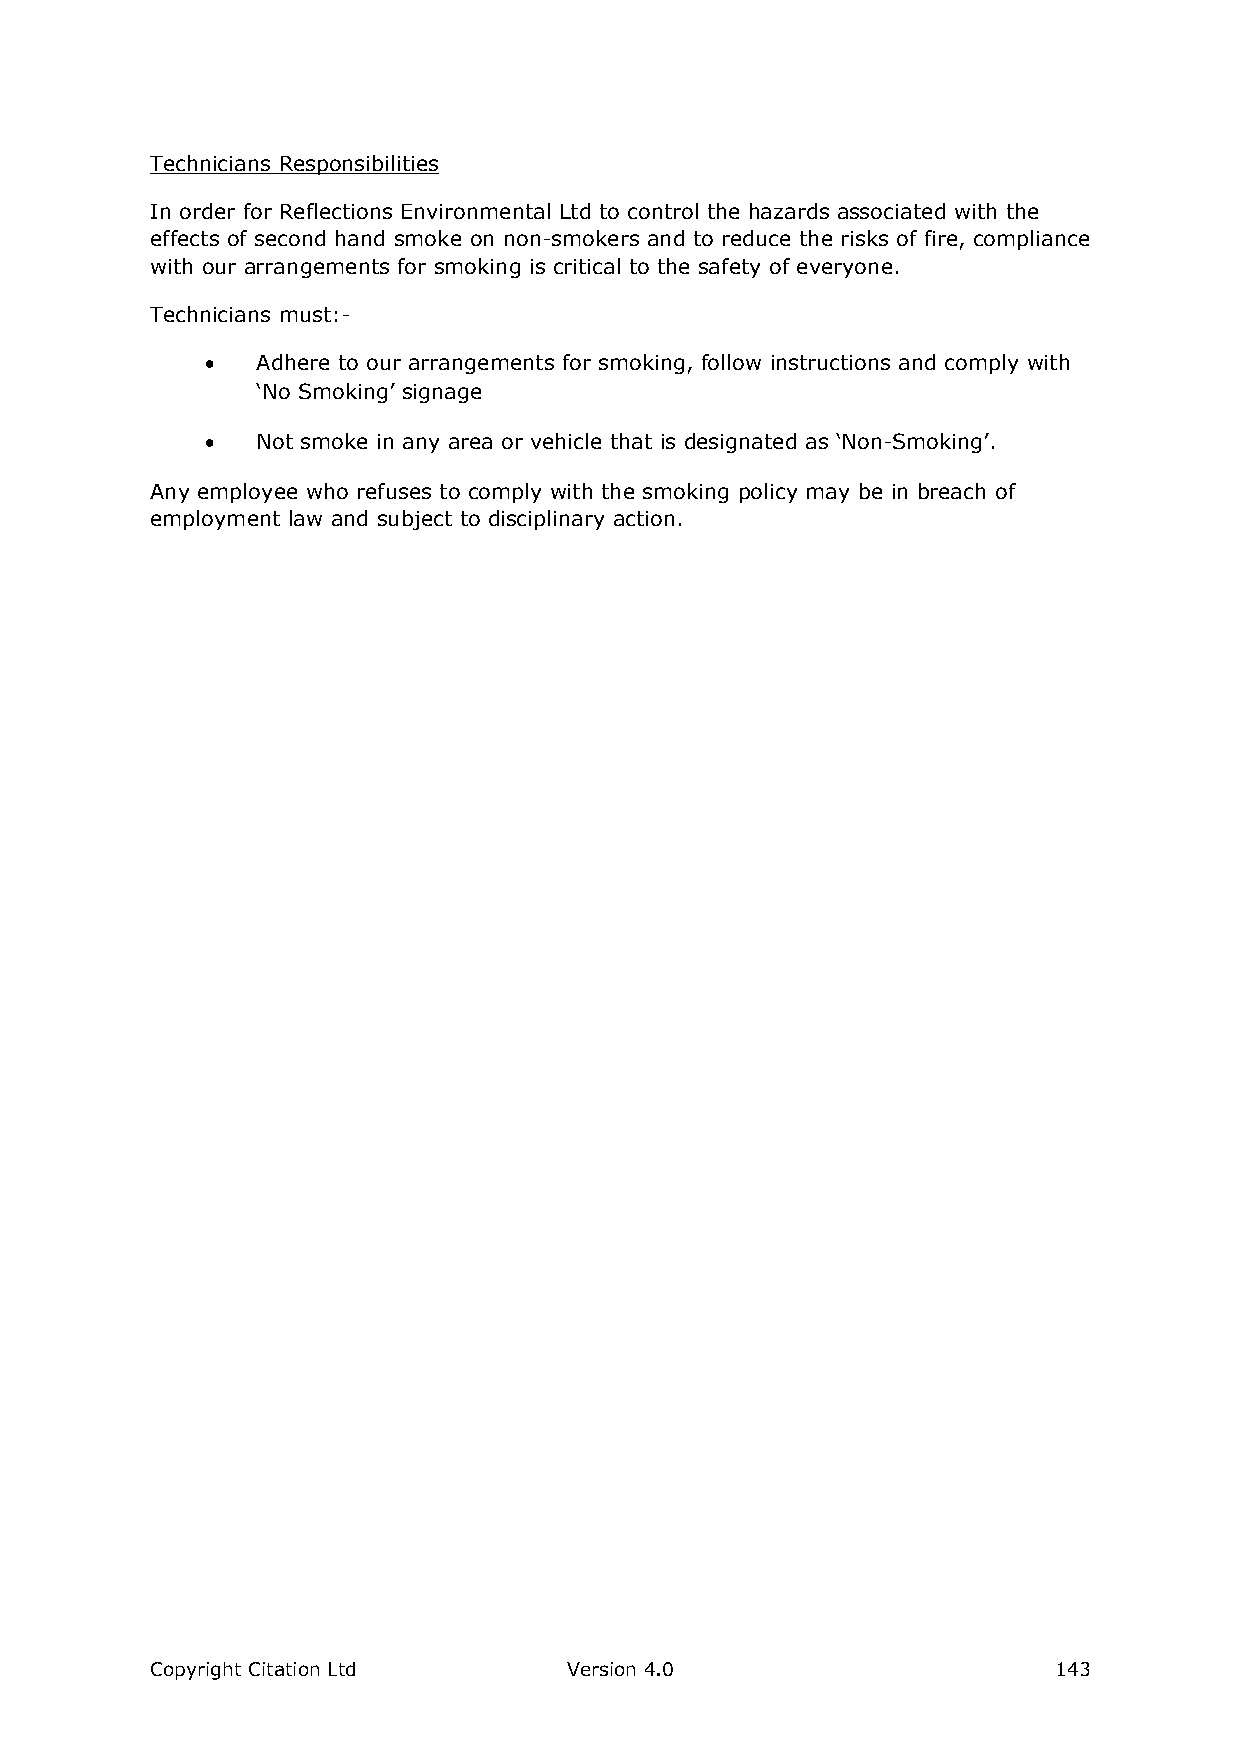
Technicians Responsibilities
 In order for Reflections Environmental Ltd to control the hazards associated with the
 effects of second hand smoke on non-smokers and to reduce the risks of fire, compliance
 with our arrangements for smoking is critical to the safety of everyone.
 Technicians must:-
   Adhere to our arrangements for smoking, follow instructions and comply with
 ‘No Smoking’ signage
   Not smoke in any area or vehicle that is designated as ‘Non-Smoking’.
 Any employee who refuses to comply with the smoking policy may be in breach of
 employment law and subject to disciplinary action.
 Copyright Citation Ltd      Version 4.0                     143